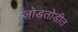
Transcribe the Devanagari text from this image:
जोडतोडीत